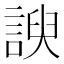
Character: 諛